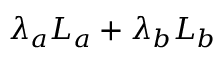
\lambda _ { a } L _ { a } + \lambda _ { b } L _ { b }